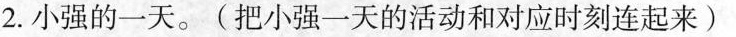
2.小强的一天。(把小强一天的活动和对应时刻连起来)